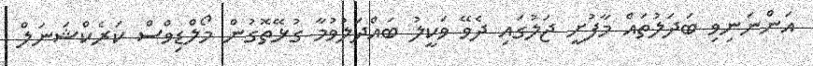
އަންނަނިވި ބަދަލުތައް މާފުށީ ޖަލުގައި ދެވޭ ވަކީލު ބައްދަލުވުމާ ގުޅޭތޮގުން މޯލްޑިވްސް ކަރެކްޝަނަލް